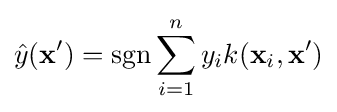
{\hat {y}}(\mathbf {x'} )=\operatorname {sgn} \sum _{i=1}^{n}y_{i}k(\mathbf {x} _{i},\mathbf {x'} )